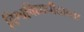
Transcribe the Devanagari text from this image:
विश्वविद्यापीठाच्या